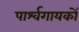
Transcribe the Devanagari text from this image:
पार्श्वगायकों